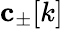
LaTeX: \mathbf{c}_{\pm}[k]